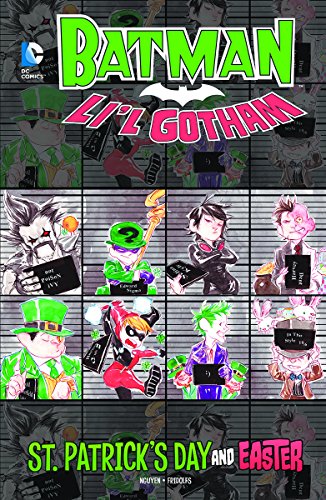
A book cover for St. Patrick's Day and Easter (Batman: Li'l Gotham); Children's Books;